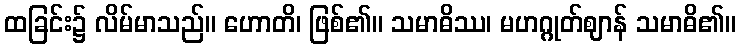
ထခြင်း၌ လိမ်မာသည်။ ဟောတိ၊ ဖြစ်၏။ သမာဓိဿ၊ မဟဂ္ဂုတ်ဈာန် သမာဓိ၏။